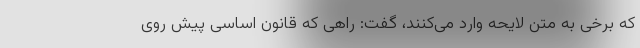
که برخی به متن لایحه وارد می‌کنند، گفت: راهی که قانون اساسی پیش روی